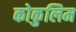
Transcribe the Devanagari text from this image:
कोकुलिम